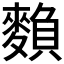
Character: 𪍏